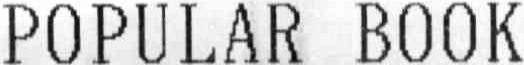
POPULAR BOOK